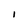
Character: I